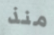
منذ